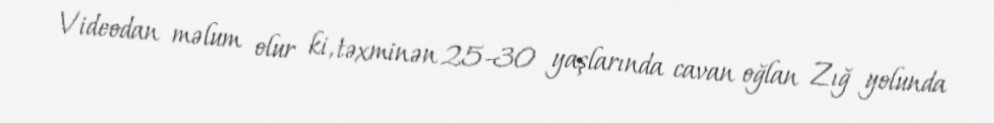
Videodan məlum olur ki, təxminən 25-30 yaşlarında cavan oğlan Zığ yolunda